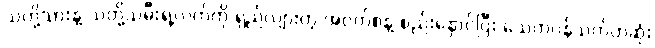
သတို့သားနဲ့ သတို့သမီးရဲ့လက်ကို ရှည်လျားတဲ့ အဝတ်စနဲ့ စည်းနှောင်ပြီး သေတပန်သက်တဆုံး